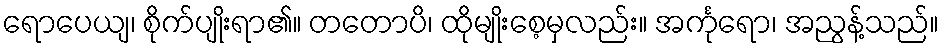
ရောပေယျ၊ စိုက်ပျိုးရာ၏။ တတောပိ၊ ထိုမျိုးစေ့မှလည်း။ အင်္ကုရော၊ အညွန့်သည်။